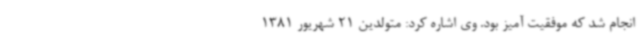
انجام شد که موفقیت آمیز بود. وی اشاره کرد: متولدین 21 شهریور 1381